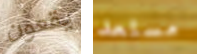
يقعون مستعد